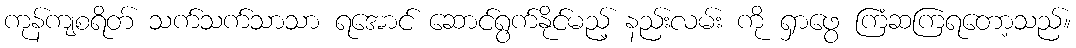
ကုန်ကျစရိတ် သက်သက်သာသာ ရအောင် ဆောင်ရွက်နိုင်မည့် နည်းလမ်း ကို ရှာဖွေ ကြံဆကြရတော့သည်။